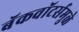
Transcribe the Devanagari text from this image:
बॅकवॉटर्समुळे